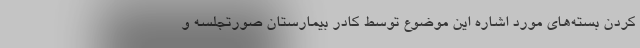
کردن بسته‌های مورد اشاره این موضوع توسط کادر بیمارستان صورتجلسه و